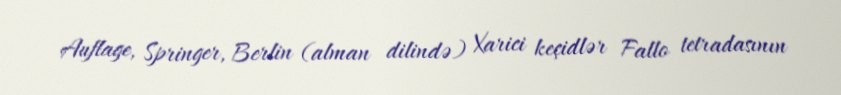
Auflage, Springer, Berlin (alman dilində) Xarici keçidlər Fallo tetradasının